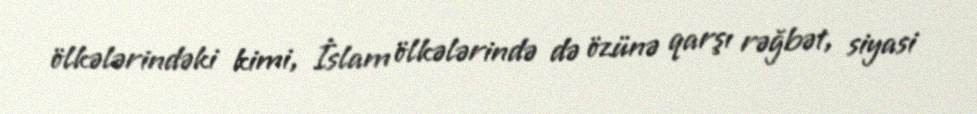
ölkələrindəki kimi, İslam ölkələrində də özünə qarşı rəğbət, siyasi